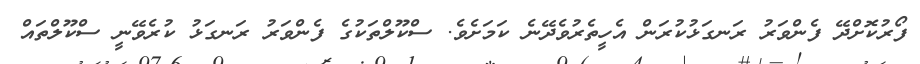
ފޯރުކޮށްދޭ ފެންވަރު ރަނގަޅުކުރަން އެހީތެރުވެދޭނެ ކަމަށެވެ. ސްކޫލްތަކުގެ ފެންވަރު ރަނގަޅު ކުރެވޭނީ ސްކޫލްތައް